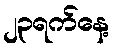
၂၃ရက်နေ့